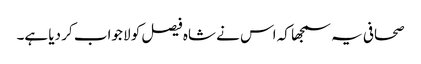
صحافی یہ سمجھا کہ اس نے شاہ فیصل کو لا جواب کر دیا ہے۔